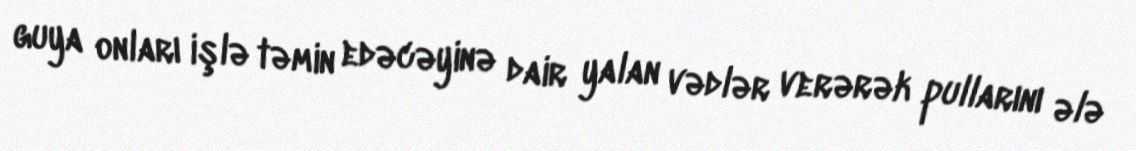
guya onları işlə təmin edəcəyinə dair yalan vədlər verərək pullarını ələ